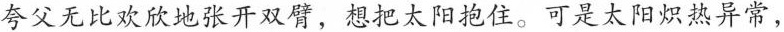
夸父无比欢欣地张开双臂，想把太阳抱住。可是太阳炽热异常，